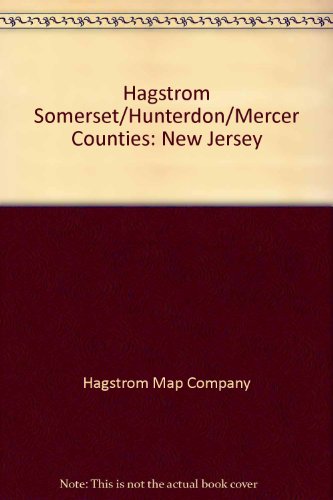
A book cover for Somerset/Hunterdon/Mercer Counties Atlas; Travel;